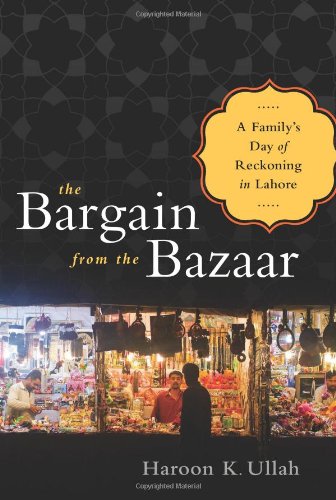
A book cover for The Bargain from the Bazaar: A Family's Day of Reckoning in Lahore; Haroon K. Ullah; History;